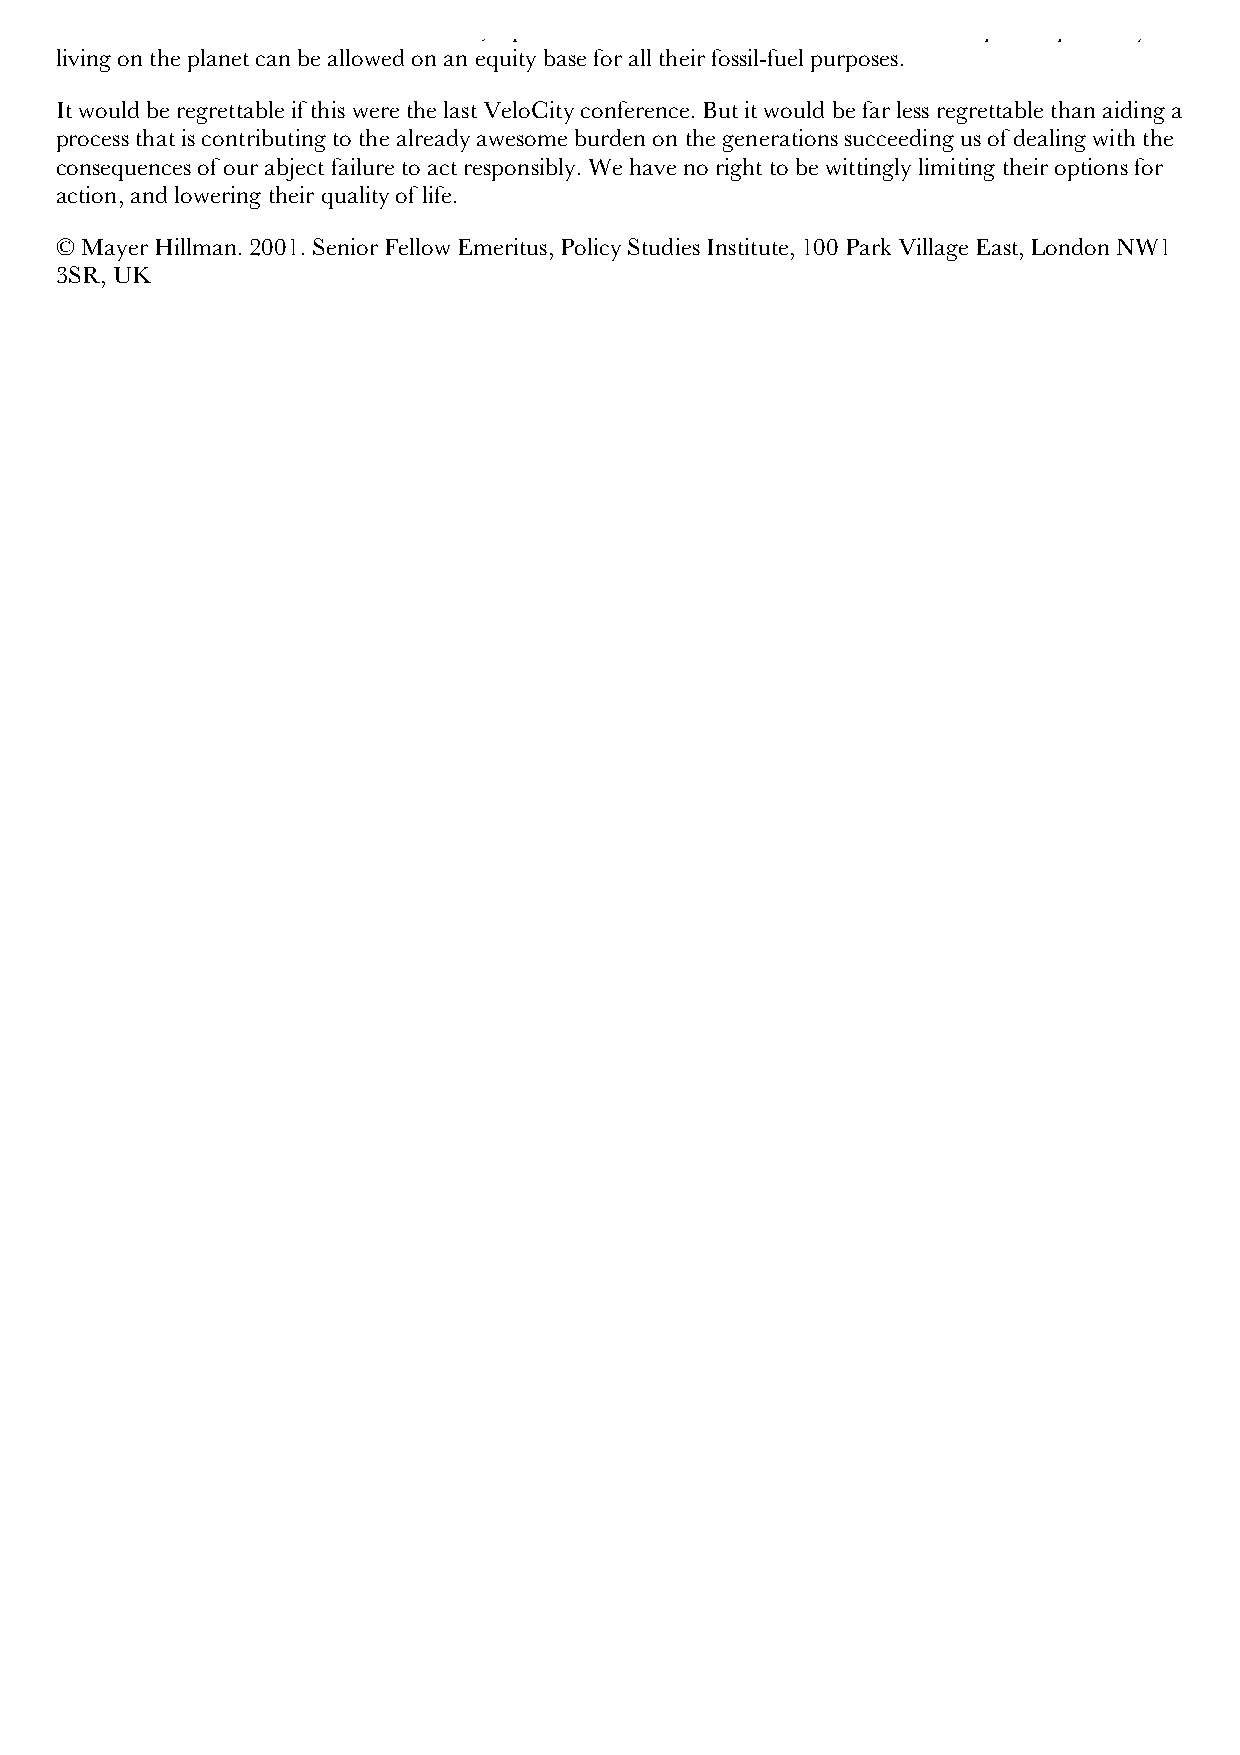
about 2 tonnes of carbon dioxide &endash; equivalent to double the annual ration that each person presently
 living on the planet can be allowed on an equity base for all their fossil-fuel purposes.
 It would be regrettable if this were the last VeloCity conference. But it would be far less regrettable than aiding a
 process that is contributing to the already awesome burden on the generations succeeding us of dealing with the
 consequences of our abject failure to act responsibly. We have no right to be wittingly limiting their options for
 action, and lowering their quality of life.
 © Mayer Hillman. 2001. Senior Fellow Emeritus, Policy Studies Institute, 100 Park Village East, London NW1
 3SR, UK